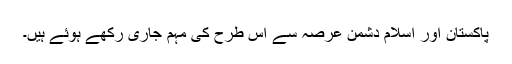
پاکستان اور اسلام دشمن عرصہ سے اس طرح کی مہم جاری رکھے ہوئے ہیں۔